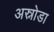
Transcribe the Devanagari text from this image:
अस्नोडा